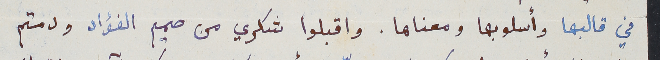
في قالبها وأسلوبها ومعناها. واقبلوا شكري من صميم الفؤاد ودمتم